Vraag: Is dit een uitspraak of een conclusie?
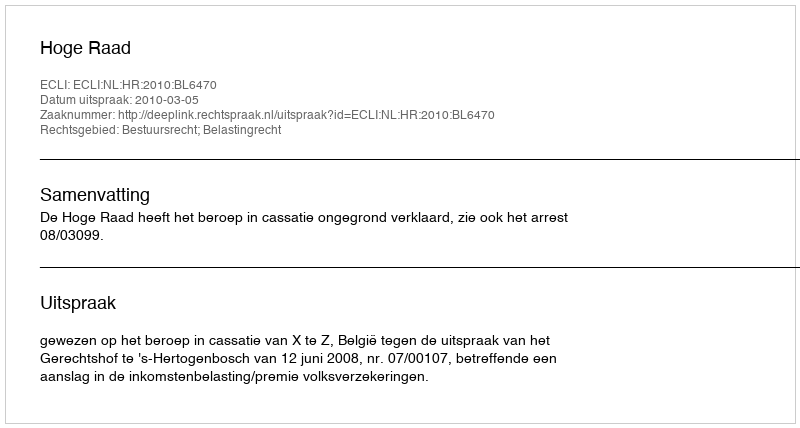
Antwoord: Uitspraak